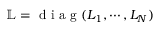
\mathbb { L } = \textrm { d i a g } ( L _ { 1 } , \cdots , L _ { N } )